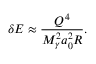
\delta E \approx \frac { Q ^ { 4 } } { M _ { \gamma } ^ { 2 } a _ { 0 } ^ { 2 } R } .